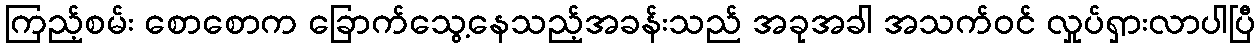
ကြည့်စမ်း စောစောက ခြောက်သွေ့နေသည့်အခန်းသည် အခုအခါ အသက်ဝင် လှုပ်ရှားလာပါပြီ